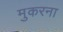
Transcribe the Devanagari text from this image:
मुकरना